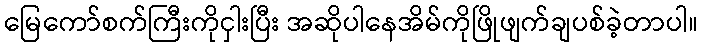
မြေကော်စက်ကြီးကိုငှါးပြီး အဆိုပါနေအိမ်ကိုဖြိုဖျက်ချပစ်ခဲ့တာပါ။